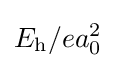
E_{\text{h}}/ea_{0}^{2}